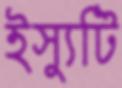
ইস্যুটি